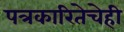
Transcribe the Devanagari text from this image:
पत्रकारितेचेही